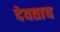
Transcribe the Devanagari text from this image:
देवताच